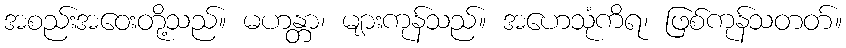
အစည်းအဝေးတို့သည်။ မဟန္တာ၊ များကုန်သည်။ အဟေသုံကိရ၊ ဖြစ်ကုန်သတတ်။